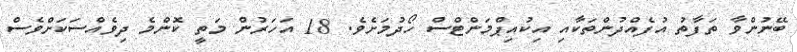
ބޭނުންވާ ތަފާތު އުފެއްދުންތަކާއި އިކުއިޕްމަންޓްސް ހޯދުމަށެވެ. 18 އަހަރުން މަތީ ކޮންމެ ދިވެއްސަކަށްވެސް